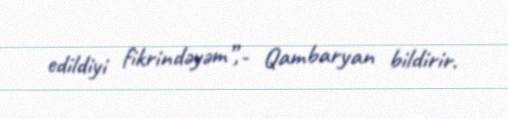
edildiyi fikrindəyəm”,- Qambaryan bildirir.